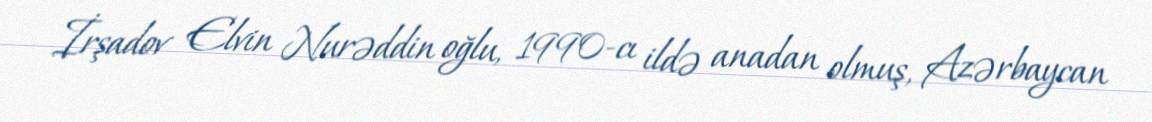
İrşadov Elvin Nurəddin oğlu, 1990-cı ildə anadan olmuş, Azərbaycan